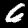
Digit: 6